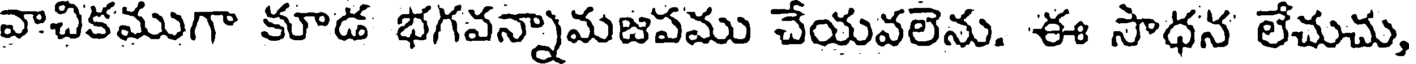
వాచికముగా కూడ భగవన్నామజపము చేయవలెను. ఈ సాధన లేచుచు,